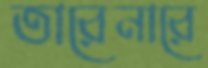
তারেনারে